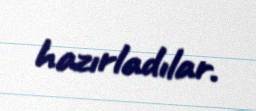
hazırladılar.